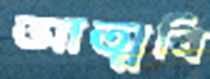
আত্মবি